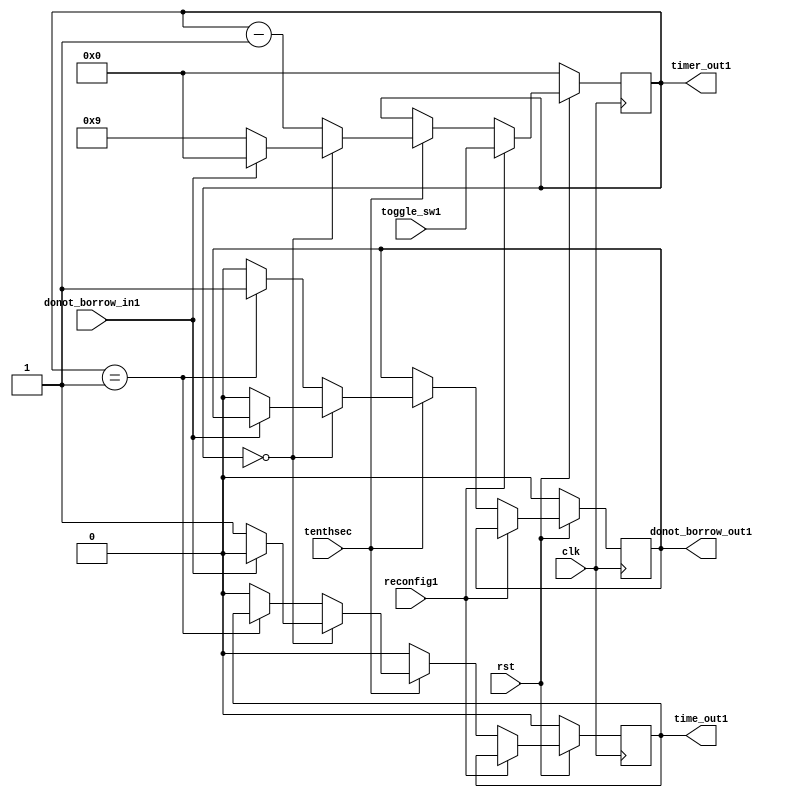
module tensdigit(clk,rst,tenthsec,toggle_sw1,timer_out1,donot_borrow_in1,donot_borrow_out1,reconfig1,time_out1);
 
   input[3:0] toggle_sw1;
   input clk,rst,tenthsec,donot_borrow_in1,reconfig1;
 
  output reg[3:0] timer_out1 ;
  output reg donot_borrow_out1,time_out1;
  


always@(posedge clk) 
  begin
   if(rst==0)
      begin
        timer_out1<= 0;
        donot_borrow_out1<= 0;
        time_out1<= 0;
      end
   else
       if(reconfig1==1)
          begin
             timer_out1<=toggle_sw1;
          end
       else
          begin
             if(tenthsec==1)
                begin
                  if(timer_out1== 0)
                     begin
                       if(donot_borrow_in1 == 0)
                          begin
                             timer_out1<=4'b1001;
                             time_out1<= 1;
                             donot_borrow_out1<= 0; 
                          end
                       else 
                          begin
                             timer_out1<=4'b0000;
                             time_out1<=0;  
                          end
                      end
                    else 
                      begin
                        timer_out1<=timer_out1-4'b001;
                          if(timer_out1==4'b0001)
                            begin
                              donot_borrow_out1<= 1;
                            end
                          else
                            begin
                              time_out1<=0; 
                              donot_borrow_out1<= 0;
                            end
                      end
                end
             else
               begin
                  time_out1<= 0;
                  timer_out1<= timer_out1 ;
               end
          end
 end
endmodule